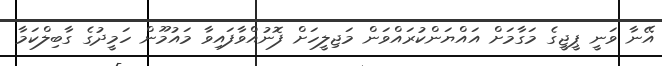
އޭނާ ވަނީ ޕީޖީގެ މަގާމަށް އައްޔަންކުރައްވަން މަޖިލީހަށް ފޮނުއްވާފައިވާ މައުމޫން ހަމީދުގެ ގާބިލްކަމާ